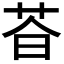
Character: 𬜩